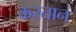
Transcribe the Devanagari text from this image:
करतान